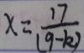
x = \frac { 1 7 } { ( 9 - k ) }